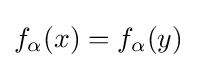
f_{\alpha }(x)=f_{\alpha }(y)